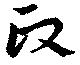
政